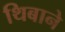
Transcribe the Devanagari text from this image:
थिबाने